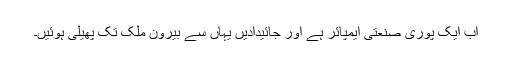
اب ایک پوری صنعتی ایمپائر ہے اور جائیدادیں یہاں سے بیرون ملک تک پھیلی ہوئیں۔